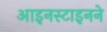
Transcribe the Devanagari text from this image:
आइनस्टाइनने